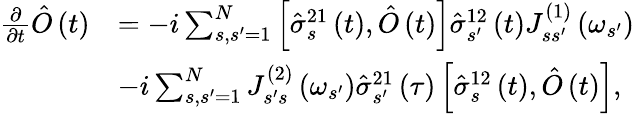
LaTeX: \begin{array}{rl}{\frac{\partial}{\partial t}\hat{O}\left(t\right)}&{=-i\sum_{s,s^{\prime}=1}^{N}\left[\hat{\sigma}_{s}^{21}\left(t\right),\hat{O}\left(t\right)\right]\hat{\sigma}_{s^{\prime}}^{12}\left(t\right)J_{ss^{\prime}}^{\left(1\right)}\left(\omega_{s^{\prime}}\right)}\\ &{-i\sum_{s,s^{\prime}=1}^{N}J_{s^{\prime}s}^{\left(2\right)}\left(\omega_{s^{\prime}}\right)\hat{\sigma}_{s^{\prime}}^{21}\left(\tau\right)\left[\hat{\sigma}_{s}^{12}\left(t\right),\hat{O}\left(t\right)\right],}\end{array}